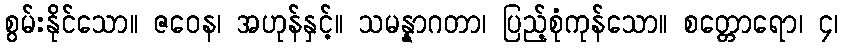
စွမ်းနိုင်သော။ ဇဝေန၊ အဟုန်နှင့်။ သမန္နာဂတာ၊ ပြည့်စုံကုန်သော။ စတ္တောရော၊ ၄၊